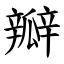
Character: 瓣